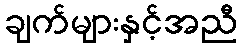
ချက်များနှင့်အညီ